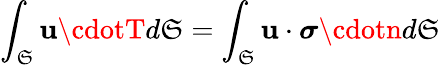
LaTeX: \int_{\mathfrak{S}}\mathbf{{u\cdotT}}d\mathfrak{S}=\int_{\mathfrak{S}}\mathbf{{u\cdot{\boldsymbol{\sigma}}\cdotn}}d\mathfrak{S}